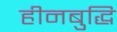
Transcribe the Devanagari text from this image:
हीनबुद्धि